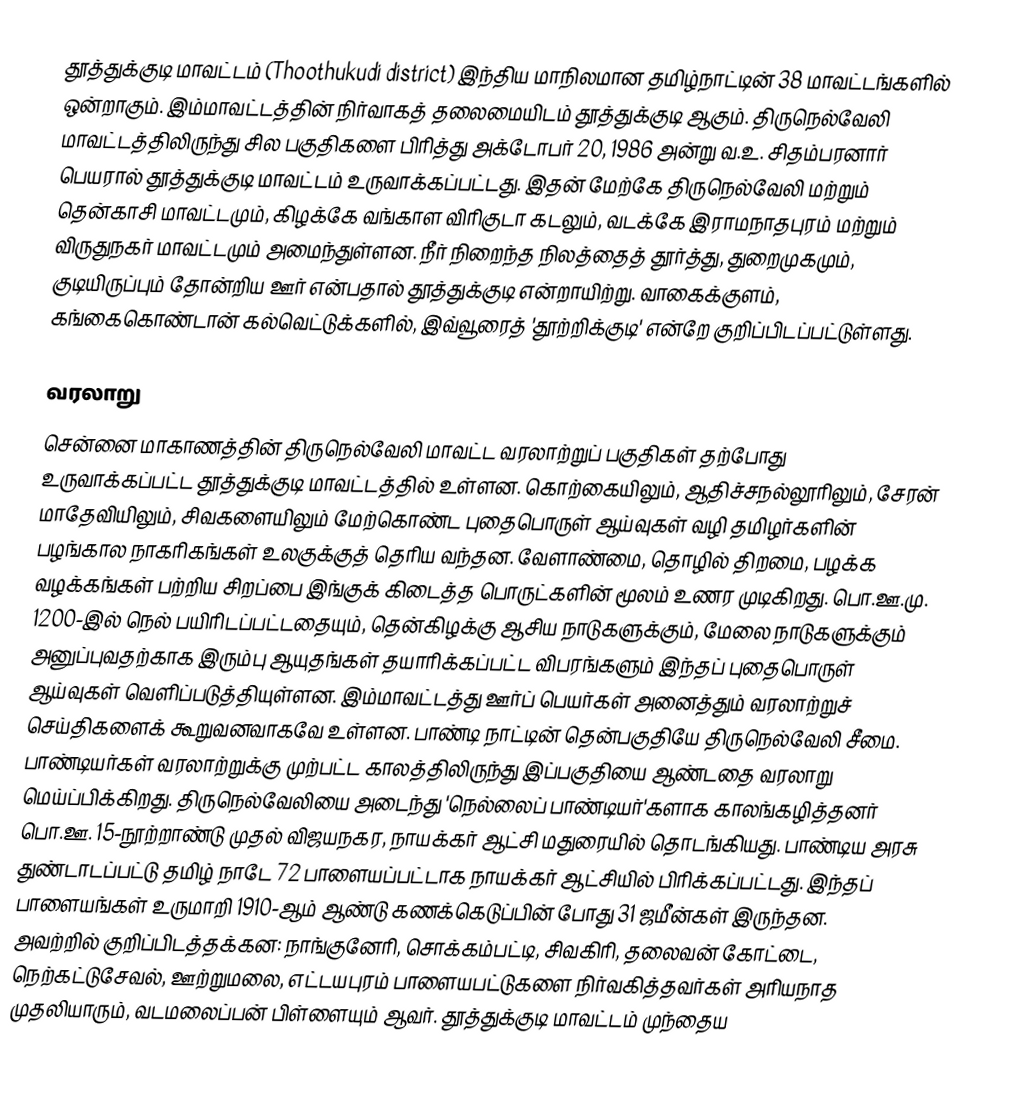
தூத்துக்குடி மாவட்டம் (Thoothukudi district) இந்திய மாநிலமான தமிழ்நாட்டின் 38 மாவட்டங்களில் ஒன்றாகும். இம்மாவட்டத்தின் நிர்வாகத் தலைமையிடம் தூத்துக்குடி ஆகும். திருநெல்வேலி மாவட்டத்திலிருந்து சில பகுதிகளை பிரித்து அக்டோபர் 20, 1986 அன்று வ.உ. சிதம்பரனார் பெயரால் தூத்துக்குடி மாவட்டம் உருவாக்கப்பட்டது. இதன் மேற்கே திருநெல்வேலி மற்றும் தென்காசி மாவட்டமும், கிழக்கே வங்காள விரிகுடா கடலும், வடக்கே இராமநாதபுரம் மற்றும் விருதுநகர் மாவட்டமும் அமைந்துள்ளன. நீர் நிறைந்த நிலத்தைத் தூர்த்து, துறைமுகமும், குடியிருப்பும் தோன்றிய ஊர் என்பதால் தூத்துக்குடி என்றாயிற்று. வாகைக்குளம், கங்கைகொண்டான் கல்வெட்டுக்களில், இவ்வூரைத் 'தூற்றிக்குடி' என்றே குறிப்பிடப்பட்டுள்ளது.

வரலாறு
சென்னை மாகாணத்தின் திருநெல்வேலி மாவட்ட வரலாற்றுப் பகுதிகள் தற்போது உருவாக்கப்பட்ட தூத்துக்குடி மாவட்டத்தில் உள்ளன. கொற்கையிலும், ஆதிச்சநல்லூரிலும், சேரன் மாதேவியிலும், சிவகளையிலும் மேற்கொண்ட புதைபொருள் ஆய்வுகள் வழி தமிழர்களின் பழங்கால நாகரிகங்கள் உலகுக்குத் தெரிய வந்தன. வேளாண்மை, தொழில் திறமை, பழக்க வழக்கங்கள் பற்றிய சிறப்பை இங்குக் கிடைத்த பொருட்களின் மூலம் உணர முடிகிறது. பொ.ஊ.மு. 1200-இல் நெல் பயிரிடப்பட்டதையும், தென்கிழக்கு ஆசிய நாடுகளுக்கும், மேலை நாடுகளுக்கும் அனுப்புவதற்காக இரும்பு ஆயுதங்கள் தயாரிக்கப்பட்ட விபரங்களும் இந்தப் புதைபொருள் ஆய்வுகள் வெளிப்படுத்தியுள்ளன. இம்மாவட்டத்து ஊர்ப் பெயர்கள் அனைத்தும் வரலாற்றுச் செய்திகளைக் கூறுவனவாகவே உள்ளன. பாண்டி நாட்டின் தென்பகுதியே திருநெல்வேலி சீமை. பாண்டியர்கள் வரலாற்றுக்கு முற்பட்ட காலத்திலிருந்து இப்பகுதியை ஆண்டதை வரலாறு மெய்ப்பிக்கிறது. திருநெல்வேலியை அடைந்து 'நெல்லைப் பாண்டியர்'களாக காலங்கழித்தனர் பொ.ஊ. 15-நூற்றாண்டு முதல் விஜயநகர, நாயக்கர் ஆட்சி மதுரையில் தொடங்கியது. பாண்டிய அரசு துண்டாடப்பட்டு தமிழ் நாடே 72 பாளையப்பட்டாக நாயக்கர் ஆட்சியில் பிரிக்கப்பட்டது. இந்தப் பாளையங்கள் உருமாறி 1910-ஆம் ஆண்டு கணக்கெடுப்பின் போது 31 ஜமீன்கள் இருந்தன. அவற்றில் குறிப்பிடத்தக்கன: நாங்குனேரி, சொக்கம்பட்டி, சிவகிரி, தலைவன் கோட்டை, நெற்கட்டுசேவல், ஊற்றுமலை, எட்டயபுரம் பாளையபட்டுகளை நிர்வகித்தவர்கள் அரியநாத முதலியாரும், வடமலைப்பன் பிள்ளையும் ஆவர். தூத்துக்குடி மாவட்டம் முந்தைய